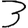
Digit: 3